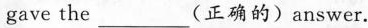
gave the___(正确的)answer.